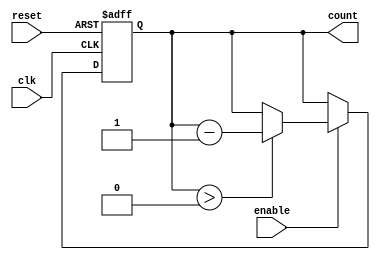
module down_counter #(
    parameter N = 4  // N is the width of the counter (number of bits)
)(
    input wire clk,        // Clock signal
    input wire reset,      // Asynchronous reset signal
    input wire enable,     // Enable signal to allow counting down
    output reg [N-1:0] count // Current counter value
);

    // Maximum value for the counter
    localparam MAX_COUNT = (1 << N) - 1; // 2^N - 1

    always @(posedge clk or posedge reset) begin
        if (reset) begin
            count <= MAX_COUNT; // Reset the counter to maximum value
        end else if (enable) begin
            if (count > 0) begin
                count <= count - 1; // Decrement the counter
            end
            // If count is already 0, it will not decrement further
        end
        // If enable is low, the counter retains its value
    end

endmodule